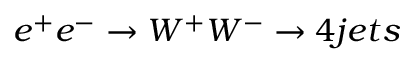
e ^ { + } e ^ { - } \rightarrow W ^ { + } W ^ { - } \rightarrow 4 j e t s